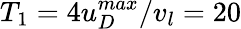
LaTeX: T_{1}=4u_{D}^{max}/v_{l}=20